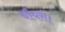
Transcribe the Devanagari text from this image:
चौधरी।